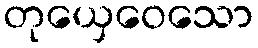
တုယှေဝေသော